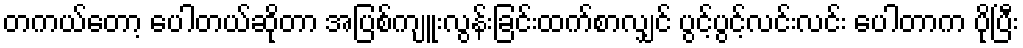
တကယ်တော့ ပေါတယ်ဆိုတာ အပြစ်ကျူးလွန်းခြင်းထက်စာလျှင် ပွင့်ပွင့်လင်းလင်း ပေါတာက ပိုပြီး